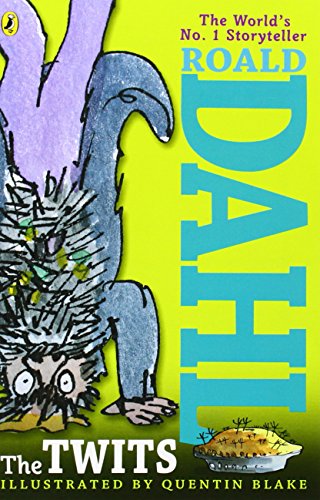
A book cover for The Twits; Roald Dahl; Literature & Fiction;